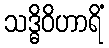
သဒ္ဓိဝိဟာရိံ